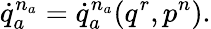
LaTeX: \dot{q}_{a}^{n_{a}}=\dot{q}_{a}^{n_{a}}(q^{r},p^{n}).